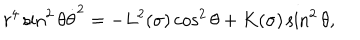
r ^ { 4 } \sin ^ { 2 } { \theta } \dot { \theta } ^ { 2 } = - L ^ { 2 } ( \sigma ) \cos ^ { 2 } { \theta } + K ( \sigma ) \sin ^ { 2 } { \theta } ,